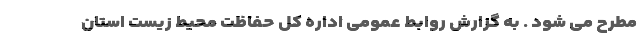
مطرح می شود . به گزارش روابط عمومی اداره کل حفاظت محیط زیست استان